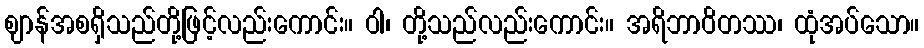
ဈာန်အစရှိသည်တို့ဖြင့်လည်းကောင်း။ ဝါ၊ တို့သည်လည်းကောင်း။ အရိဘာဝိတဿ၊ ထုံအပ်သော။